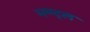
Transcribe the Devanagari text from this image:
मण्ट्ल